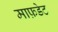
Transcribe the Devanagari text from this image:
माफ़डेट